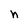
Character: n